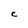
Character: C